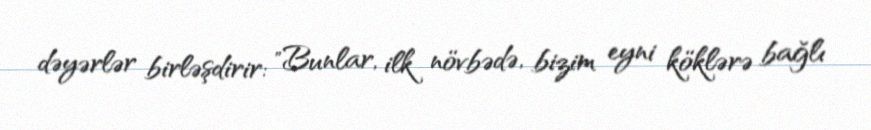
dəyərlər birləşdirir: "Bunlar, ilk növbədə, bizim eyni köklərə bağlı